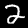
Label: 2